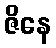
ဇိနေ